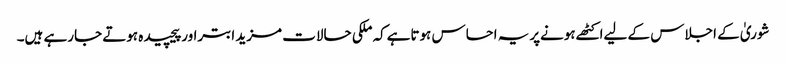
شوریٰ کے اجلاس کے لیےاکٹھےہونےپریہ احساس ہوتاہےکہ ملکی حالات مزید ابتراورپیچیدہ ہوتے جارہے ہیں۔